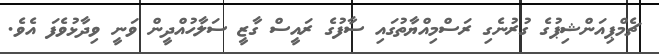
ޗެމްޕިއަންޝިޕުގެ ގުރުނެގި ރަސްމިއްޔާތުގައި ސާފުގެ ރައީސް ގާޒީ ސަލާހުއްދީން ވަނީ ވިދާޅުވެފަ އެވެ.